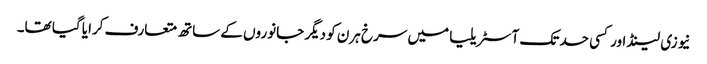
نیوزی لینڈ اور کسی حد تک آسٹریلیا میں سرخ ہرن کو دیگر جانوروں کے ساتھ متعارف کرایا گیا تھا۔